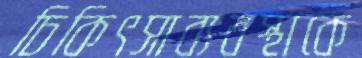
চিকিৎসাব্যবস্থাকে